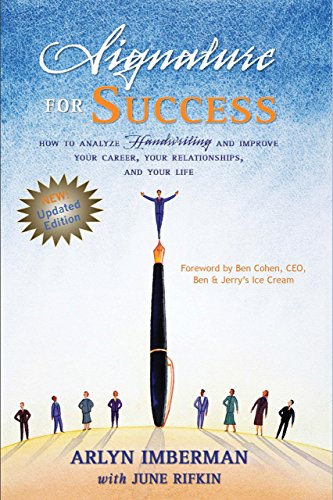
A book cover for Signature for Success: How to Analyze Handwriting and Improve Your Career, Your Relationships, and Your Life; Arlyn Imberman; Self-Help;